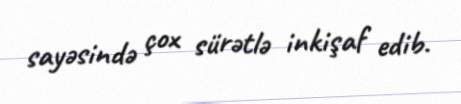
sayəsində çox sürətlə inkişaf edib.